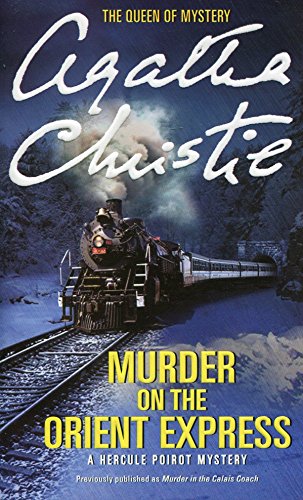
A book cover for Murder on the Orient Express: A Hercule Poirot Mystery (Hercule Poirot Mysteries); Agatha Christie; Mystery, Thriller & Suspense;